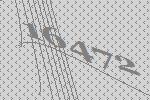
16472